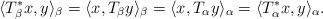
LaTeX: \begin{gather*}\langle T^{*}_{\beta}x,y\rangle_{\beta}=\langle x,T_{\beta}y\rangle_{\beta}=\langle x,T_{\alpha}y\rangle_{\alpha}=\langle T^{*}_{\alpha}x,y\rangle_{\alpha}.\end{gather*}